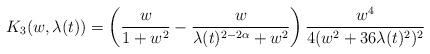
LaTeX: \begin{align*}K_{3}(w,\lambda(t))&= \left(\frac{w}{1+w^{2}}-\frac{w}{\lambda(t)^{2-2\alpha}+w^{2}}\right)\frac{w^{4}}{4(w^{2}+36\lambda(t)^{2})^{2}}\end{align*}